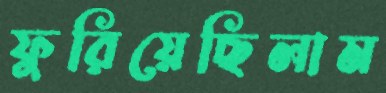
ফুরিয়েছিলাম